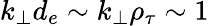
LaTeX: k_{\perp}d_{e}\sim k_{\perp}\rho_{\tau}\sim 1